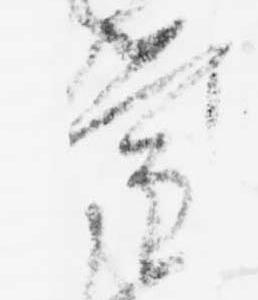
権